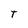
Character: T